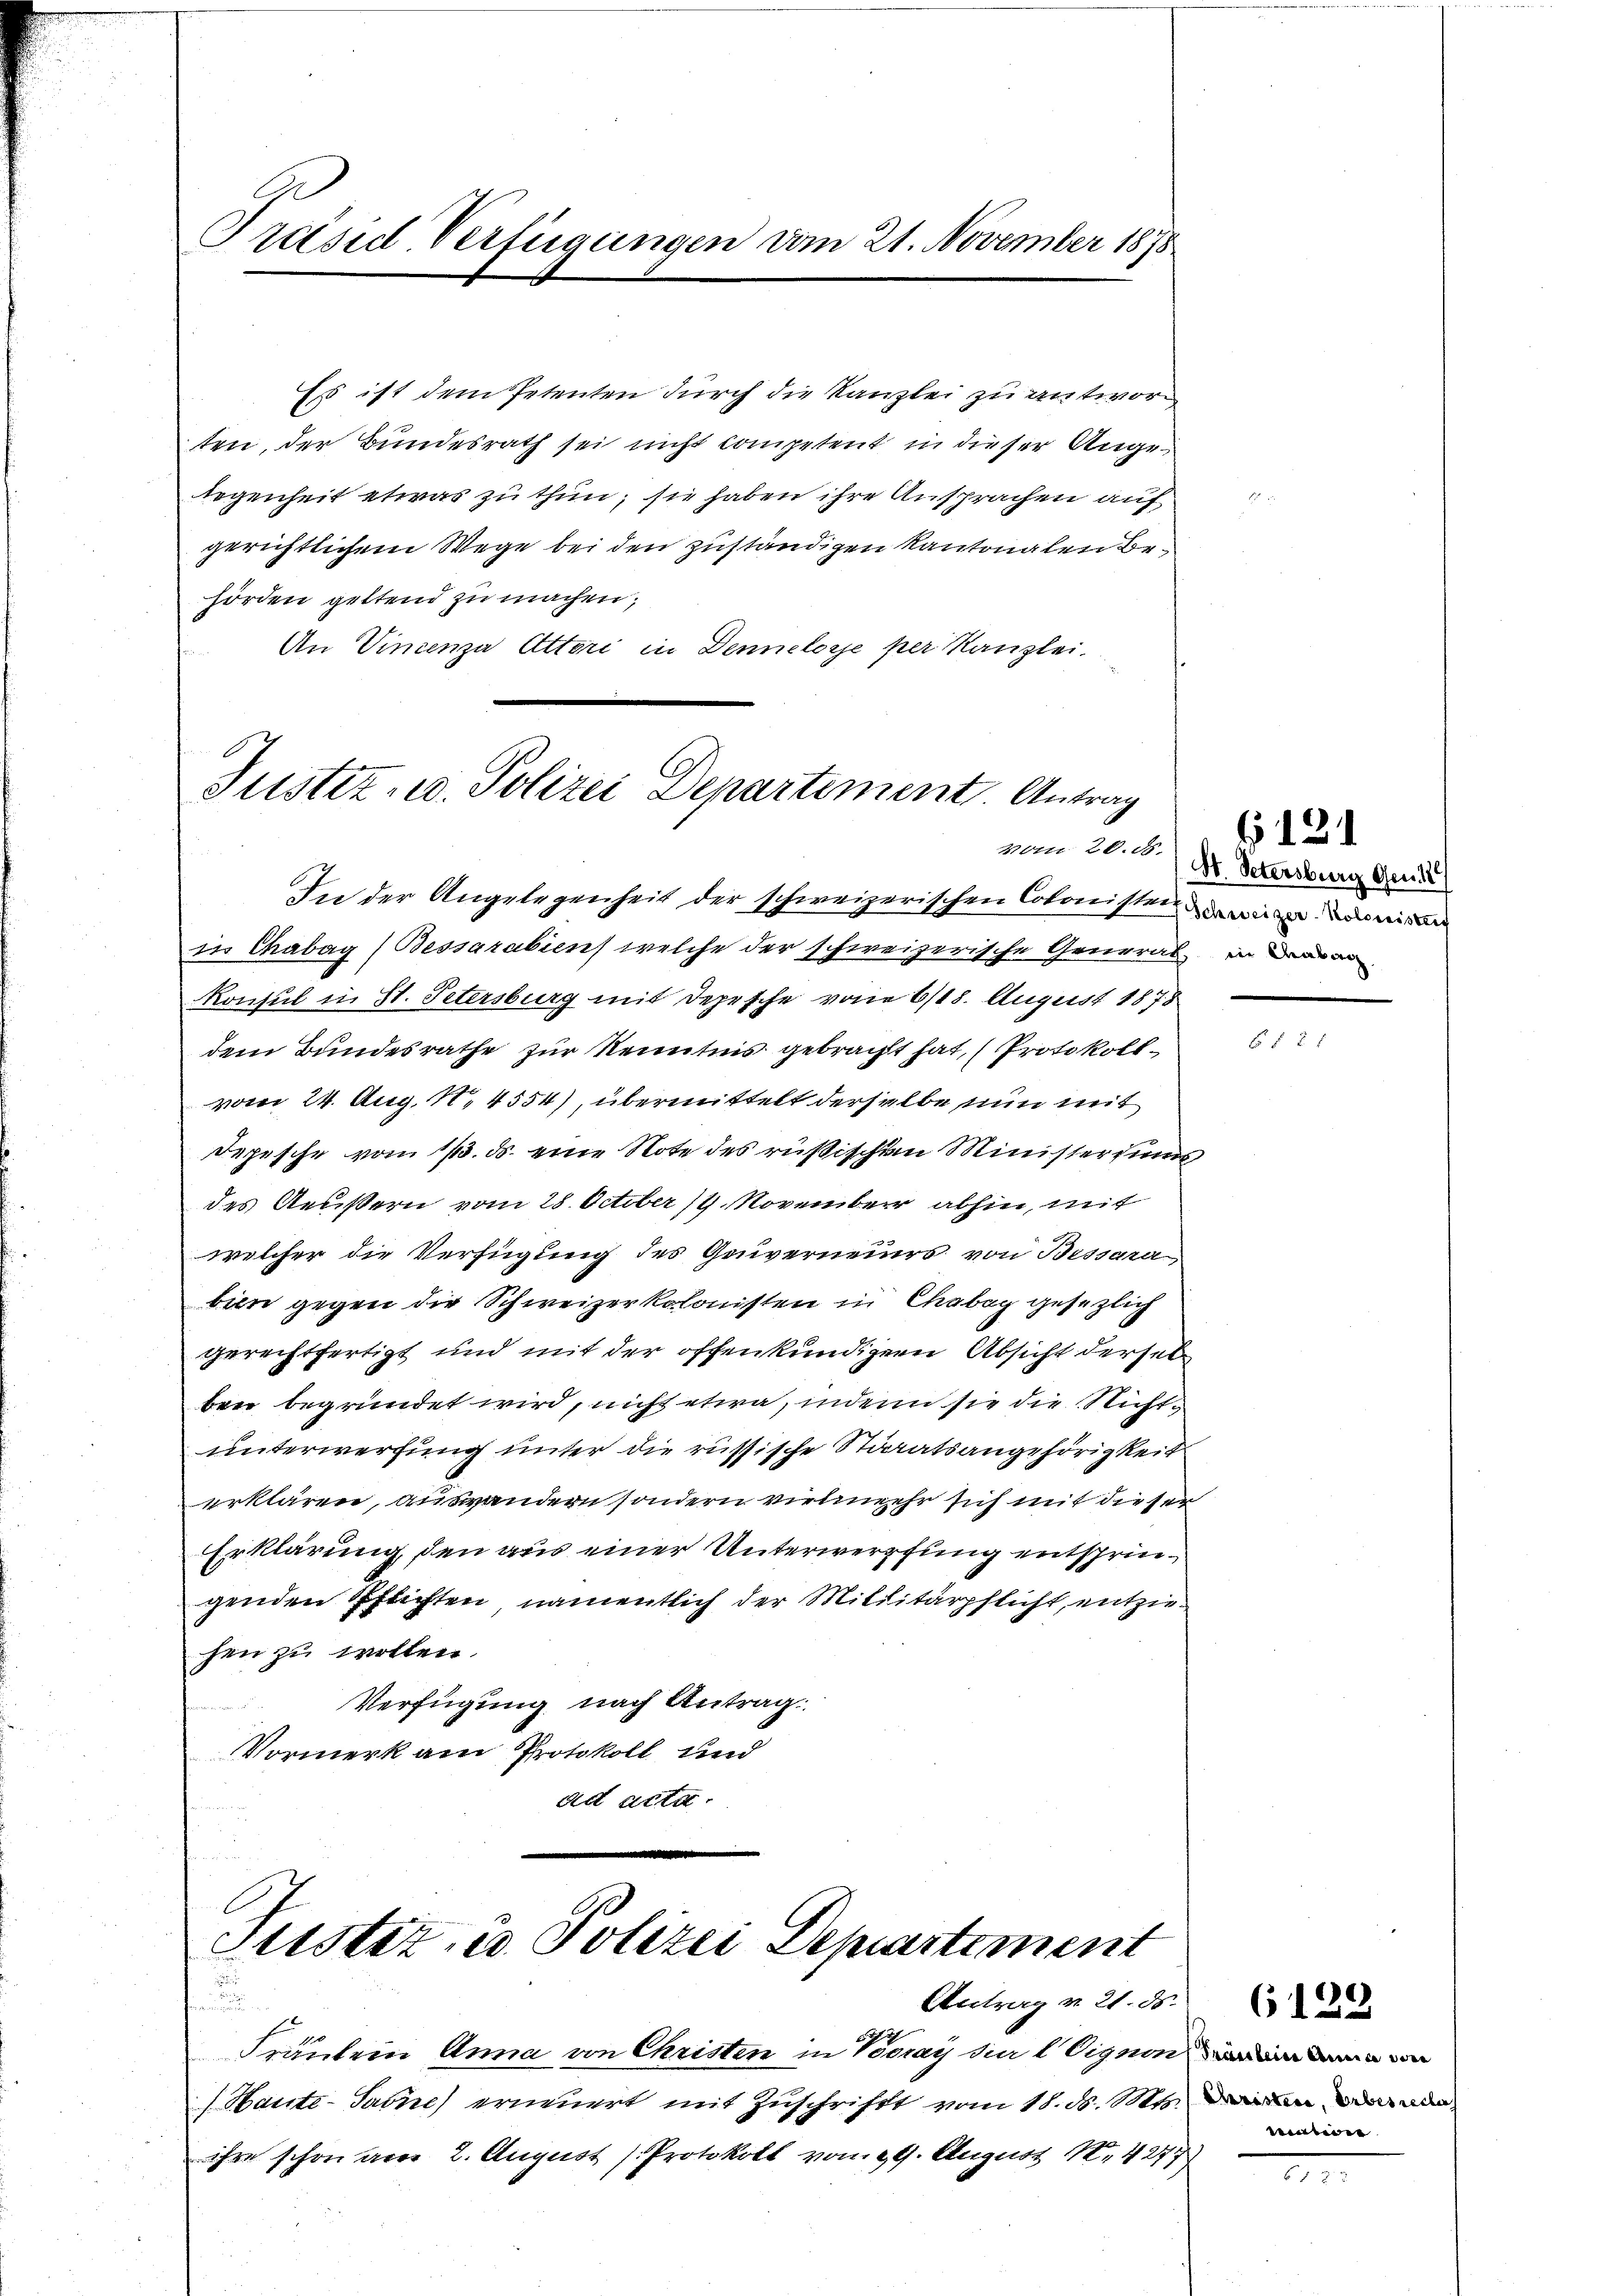
Präsid Verlegungen vom 21. November 1878

Es ist dem Petenten dŭrch die Kanzlei zu antworten, der Bundesrath sei nicht competent in dieser Angeegenheit etwas zu thun; sie haben ihre Ansprachen auf
gerichtlichem Wege bei den zuständigen Kantonalen Behörden geltend zu machen;
An Vincenza Attori in Dennelorje per Kanzlei.

Justiz- u. Polizei Departement. Antrag

In der Angelegenheit der schweizerischen Colonisten wie einigen
in Chabag (Bessarabiens welche der schweizerische General, in denen
Konsul in St. Petersburg mit Depesche vom 6/18. August 1878
dem Bundesrathe zur Kenntnis gebracht hat, (Protokollvom 24. Aug. 11. 4554), übermittelt derselbe nun mit
Depesche vom 13. ds. eine Note des russischen Ministeriums
des Aeußern vom 28. October 14. November abhin, mit
welcher die Verfügung des Genverneurs von Bessara
bien gegen die Schweizerkolonisten in Chabog gesezlich
gerechtfertigt und mit der offenkundiger Absicht derselben begründet wird, nicht etwa, indem sie die Nichtunterwerfung unter die russische Stiratsangehörigkeit
erklären, auswandern sondern vielmehr sich mit dieser
Erklärung, den aus einer Unterwerfung entspringenden Pflichten, namentlich der Militärpflicht, entziehen zu wollen.
Verfügung nach Antrag
Vormerk am Protokoll und
ad acta

Justiz- & Polizei Departement

n
Fräulein Anna von Christen in Voray sie lignon
/Haute-Sarne erneuert mit Zuschriftt vom 18. ds. Mts.
ihre schon aber 2. August (Protokoll vom 29. August 18, 4277,

Antrag v. 21. d.

6. d. 24.
vom 20. d. M. Petersburg Gen

6

mar